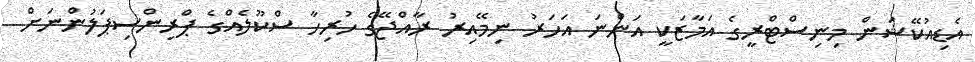
އެޑިއުކޭޝަން މިނިސްޓްރީގެ އަމާޒަކީ އަންނަ އަހަރު ނިމޭއިރު ރާއްޖޭގެ ހުރިހާ ސްކޫލެއްގެ ޕްރިންސިޕަލުންނަށް